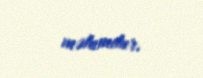
məlumdur.